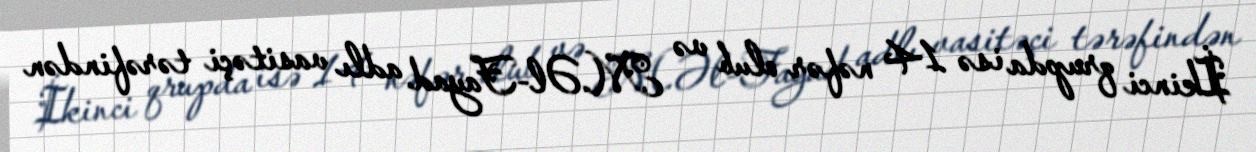
İkinci qrupda isə 14 nəfər olub və M.Əl-Fayad adlı vasitəçi tərəfindən